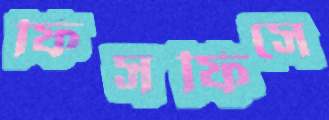
ফিসফিসে